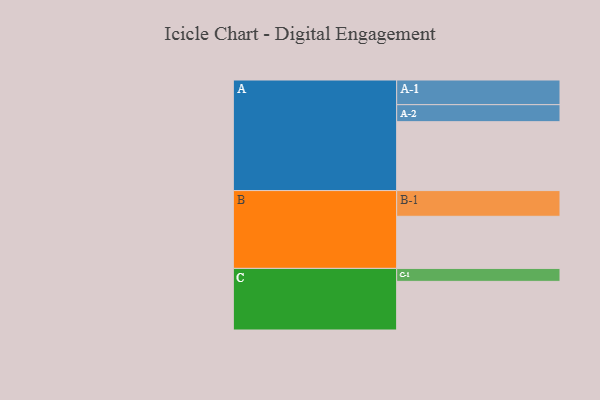
{"axis": {"x": "Segment", "y": "Value"}, "legend": ["", "A", "B", "C"], "data": [{"x": "A", "y": 595, "type": ""}, {"x": "B", "y": 450, "type": ""}, {"x": "C", "y": 420, "type": ""}, {"x": "A-1", "y": 213, "type": "A"}, {"x": "A-2", "y": 147, "type": "A"}, {"x": "B-1", "y": 222, "type": "B"}, {"x": "C-1", "y": 112, "type": "C"}]}